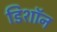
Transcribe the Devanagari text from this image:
डिशॉन